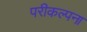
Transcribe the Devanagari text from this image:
परीकल्पना